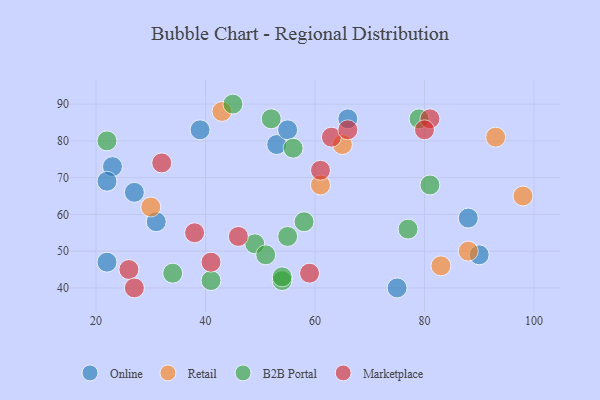
{"axis": {"x": "GDP", "y": "Life Expectancy"}, "legend": ["B2B Portal", "Marketplace", "Online", "Retail"], "data": [{"x": "88", "y": 59, "type": "Online"}, {"x": "23", "y": 73, "type": "Online"}, {"x": "90", "y": 49, "type": "Online"}, {"x": "39", "y": 83, "type": "Online"}, {"x": "66", "y": 86, "type": "Online"}, {"x": "31", "y": 58, "type": "Online"}, {"x": "22", "y": 47, "type": "Online"}, {"x": "75", "y": 40, "type": "Online"}, {"x": "22", "y": 69, "type": "Online"}, {"x": "53", "y": 79, "type": "Online"}, {"x": "27", "y": 66, "type": "Online"}, {"x": "55", "y": 83, "type": "Online"}, {"x": "83", "y": 46, "type": "Retail"}, {"x": "43", "y": 88, "type": "Retail"}, {"x": "88", "y": 50, "type": "Retail"}, {"x": "65", "y": 79, "type": "Retail"}, {"x": "98", "y": 65, "type": "Retail"}, {"x": "30", "y": 62, "type": "Retail"}, {"x": "61", "y": 68, "type": "Retail"}, {"x": "93", "y": 81, "type": "Retail"}, {"x": "56", "y": 78, "type": "B2B Portal"}, {"x": "49", "y": 52, "type": "B2B Portal"}, {"x": "79", "y": 86, "type": "B2B Portal"}, {"x": "41", "y": 42, "type": "B2B Portal"}, {"x": "54", "y": 42, "type": "B2B Portal"}, {"x": "51", "y": 49, "type": "B2B Portal"}, {"x": "52", "y": 86, "type": "B2B Portal"}, {"x": "22", "y": 80, "type": "B2B Portal"}, {"x": "54", "y": 43, "type": "B2B Portal"}, {"x": "81", "y": 68, "type": "B2B Portal"}, {"x": "34", "y": 44, "type": "B2B Portal"}, {"x": "55", "y": 54, "type": "B2B Portal"}, {"x": "45", "y": 90, "type": "B2B Portal"}, {"x": "58", "y": 58, "type": "B2B Portal"}, {"x": "77", "y": 56, "type": "B2B Portal"}, {"x": "41", "y": 47, "type": "Marketplace"}, {"x": "81", "y": 86, "type": "Marketplace"}, {"x": "80", "y": 83, "type": "Marketplace"}, {"x": "63", "y": 81, "type": "Marketplace"}, {"x": "26", "y": 45, "type": "Marketplace"}, {"x": "66", "y": 83, "type": "Marketplace"}, {"x": "27", "y": 40, "type": "Marketplace"}, {"x": "61", "y": 72, "type": "Marketplace"}, {"x": "59", "y": 44, "type": "Marketplace"}, {"x": "38", "y": 55, "type": "Marketplace"}, {"x": "32", "y": 74, "type": "Marketplace"}, {"x": "46", "y": 54, "type": "Marketplace"}]}